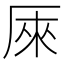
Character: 𠩬